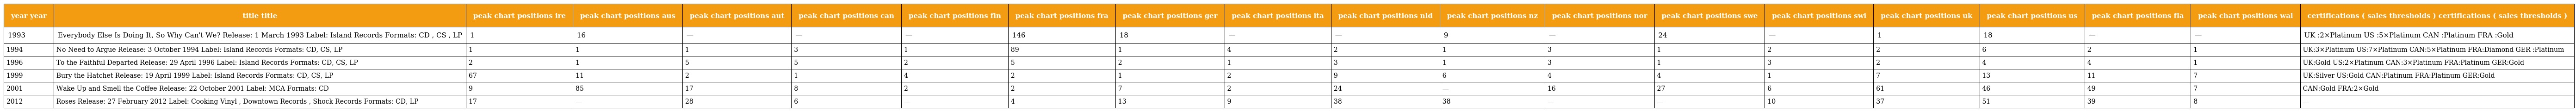
| year year | title title | peak chart positions ire | peak chart positions aus | peak chart positions aut | peak chart positions can | peak chart positions fin | peak chart positions fra | peak chart positions ger | peak chart positions ita | peak chart positions nld | peak chart positions nz | peak chart positions nor | peak chart positions swe | peak chart positions swi | peak chart positions uk | peak chart positions us | peak chart positions fla | peak chart positions wal | certifications ( sales thresholds ) certifications ( sales thresholds ) |
 | --- | --- | --- | --- | --- | --- | --- | --- | --- | --- | --- | --- | --- | --- | --- | --- | --- | --- | --- | --- |
 | 1993 | Everybody Else Is Doing It, So Why Can't We? Release: 1 March 1993 Label: Island Records Formats: CD , CS , LP | 1 | 16 | — | — | — | 146 | 18 | — | — | 9 | — | 24 | — | 1 | 18 | — | — | UK :2×Platinum US :5×Platinum CAN :Platinum FRA :Gold |
 | 1994 | No Need to Argue Release: 3 October 1994 Label: Island Records Formats: CD, CS, LP | 1 | 1 | 1 | 3 | 1 | 89 | 1 | 4 | 2 | 1 | 3 | 1 | 2 | 2 | 6 | 2 | 1 | UK:3×Platinum US:7×Platinum CAN:5×Platinum FRA:Diamond GER :Platinum |
 | 1996 | To the Faithful Departed Release: 29 April 1996 Label: Island Records Formats: CD, CS, LP | 2 | 1 | 5 | 5 | 2 | 5 | 2 | 1 | 3 | 1 | 3 | 1 | 3 | 2 | 4 | 4 | 1 | UK:Gold US:2×Platinum CAN:3×Platinum FRA:Platinum GER:Gold |
 | 1999 | Bury the Hatchet Release: 19 April 1999 Label: Island Records Formats: CD, CS, LP | 67 | 11 | 2 | 1 | 4 | 2 | 1 | 2 | 9 | 6 | 4 | 4 | 1 | 7 | 13 | 11 | 7 | UK:Silver US:Gold CAN:Platinum FRA:Platinum GER:Gold |
 | 2001 | Wake Up and Smell the Coffee Release: 22 October 2001 Label: MCA Formats: CD | 9 | 85 | 17 | 8 | 2 | 2 | 7 | 2 | 24 | — | 16 | 27 | 6 | 61 | 46 | 49 | 7 | CAN:Gold FRA:2×Gold |
 | 2012 | Roses Release: 27 February 2012 Label: Cooking Vinyl , Downtown Records , Shock Records Formats: CD, LP | 17 | — | 28 | 6 | — | 4 | 13 | 9 | 38 | 38 | — | — | 10 | 37 | 51 | 39 | 8 | — |